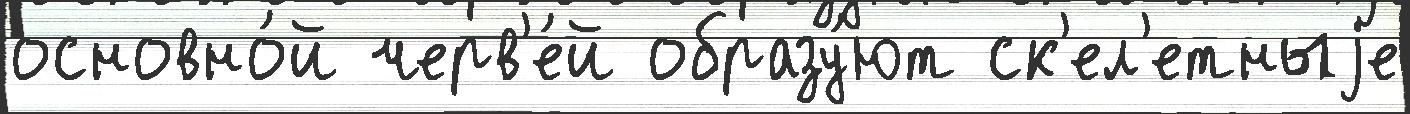
основно́й черв'е́й образу́ют ск'ел'етныjе